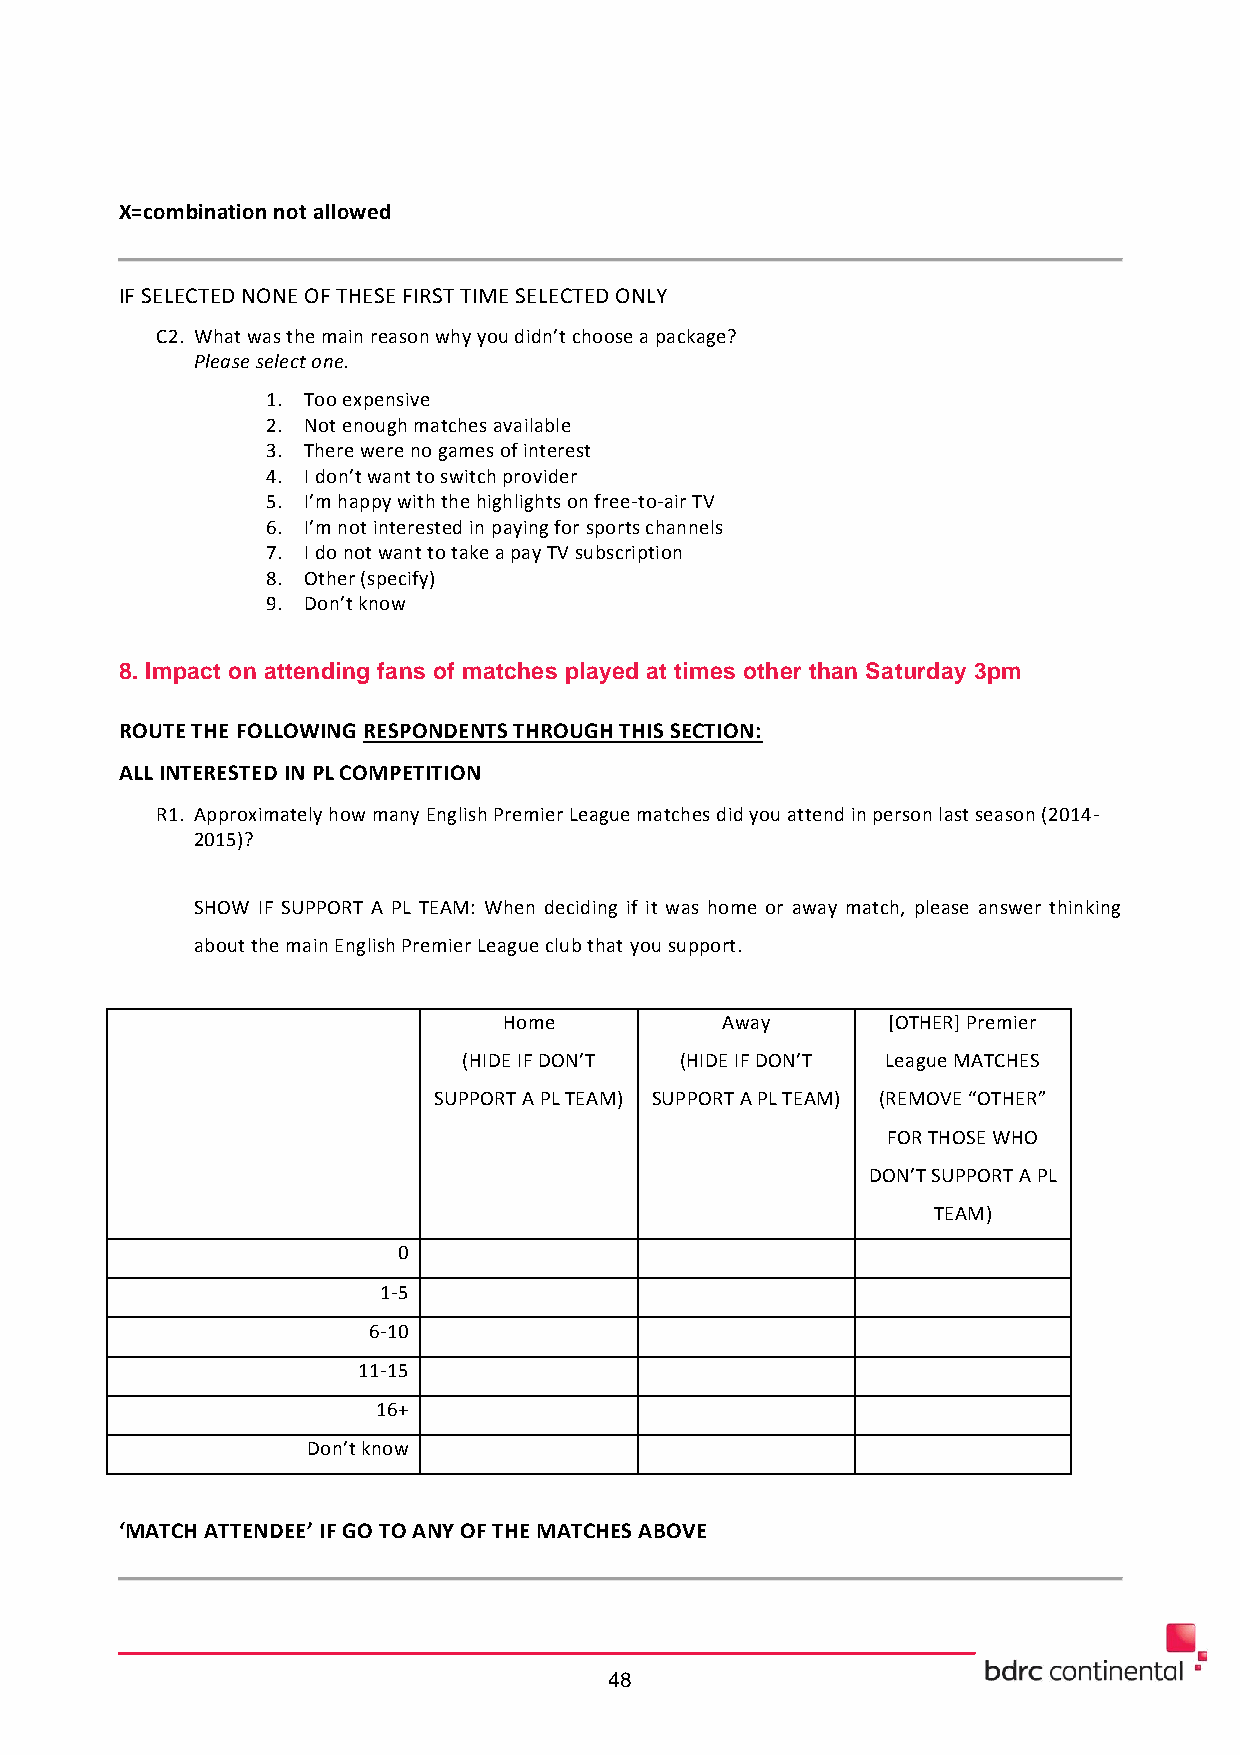
X=combination not allowed
 IF SELECTED NONE OF THESE FIRST TIME SELECTED ONLY
 C2. What was the main reason why you didn’t choose a package?
 Please select one.
 1. Too expensive
 2. Not enough matches available
 3. There were no games of interest
 4. I don’t want to switch provider
 5. I’m happy with the highlights on free-to-air TV
 6. I’m not interested in paying for sports channels
 7. I do not want to take a pay TV subscription
 8. Other (specify)
 9. Don’t know
 8. Impact on attending fans of matches played at times other than Saturday 3pm
 ROUTE THE FOLLOWING RESPONDENTS THROUGH THIS SECTION:
 ALL INTERESTED IN PL COMPETITION
 R1. Approximately how many English Premier League matches did you attend in person last season (2014-
 2015)?
 SHOW IF SUPPORT A PL TEAM: When deciding if it was home or away match, please answer thinking
 about the main English Premier League club that you support.
 Home           Away       [OTHER] Premier
 (HIDE IF DON’T (HIDE IF DON’T League MATCHES
 SUPPORT A PL TEAM) SUPPORT A PL TEAM) (REMOVE “OTHER”
 FOR THOSE WHO
 DON’T SUPPORT A PL
 TEAM)
 0
 1-5
 6-10
 11-15
 16+
 Don’t know
 ‘MATCH ATTENDEE’ IF GO TO ANY OF THE MATCHES ABOVE
 48